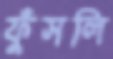
ফুঁসলি